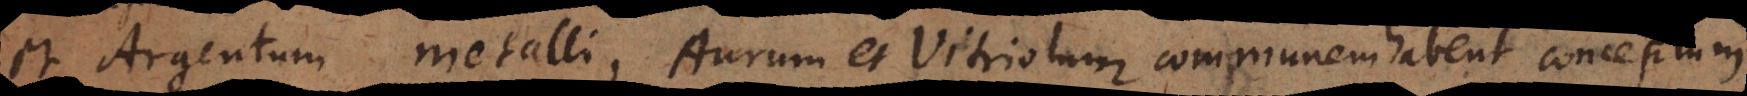
et Argentum metalli, Aurum et Vitriolum mineralis. Unde